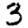
Digit: 3